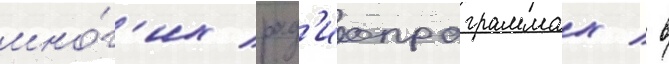
мно́г'их рад'иопрограммах / в